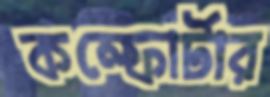
কম্ফোর্টার